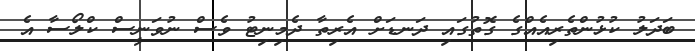
ބަދަލު ކުޅުންތެރިއެއްގެ ގޮތުގައި ދަނޑަށް އެރިތާ ދެމިނިޓު ވެސް ނުވަނީސް ކްލޯސާ އެ